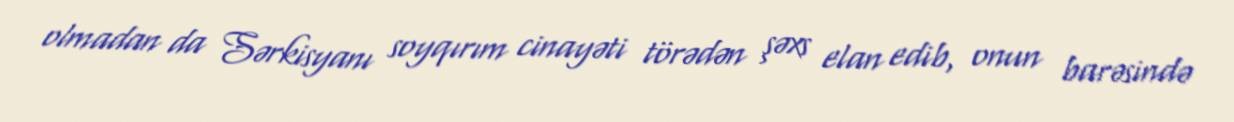
olmadan da Sərkisyanı soyqırım cinayəti törədən şəxs elan edib, onun barəsində